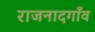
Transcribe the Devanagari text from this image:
राजनादगाँव